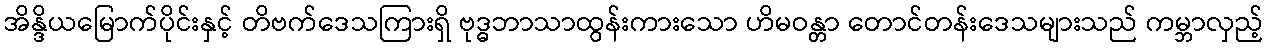
အိန္ဒိယမြောက်ပိုင်းနှင့် တိဗက်ဒေသကြားရှိ ဗုဒ္ဓဘာသာထွန်းကားသော ဟိမဝန္တာ တောင်တန်းဒေသများသည် ကမ္ဘာလှည့်